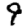
Digit: 9